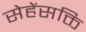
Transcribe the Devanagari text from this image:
सेहेंसक्ति